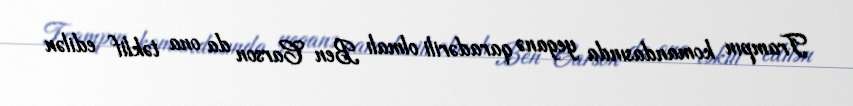
Trampın komandasında yeganə qaradərili olmalı Ben Carson da ona təklif edilən